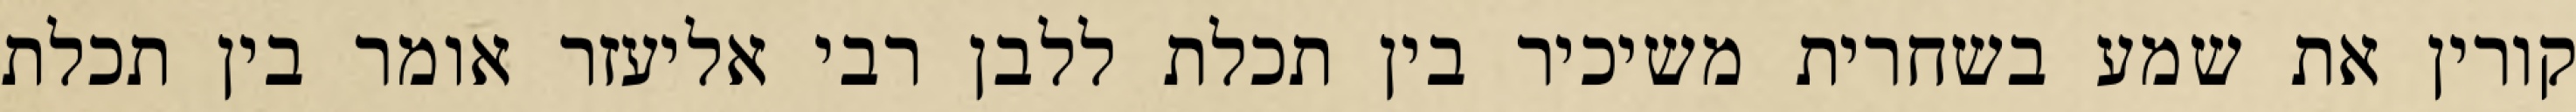
קורין את שמע בשחרית משיכיר בין תכלת ללבן רבי אליעזר אומר בין תכלת